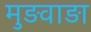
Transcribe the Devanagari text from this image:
मुड़वाड़ा